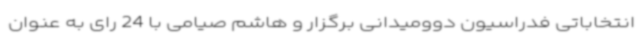
انتخاباتی فدراسیون دوومیدانی برگزار و هاشم صیامی با 24 رای به عنوان